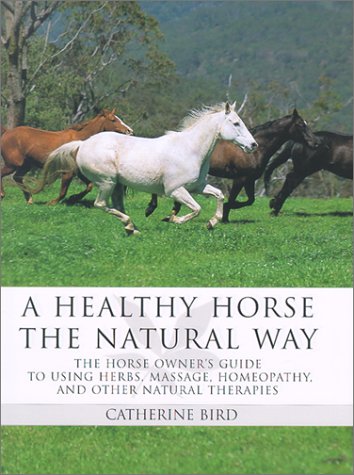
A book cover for A Healthy Horse the Natural Way: A Horse Owner's Guide to Using Herbs, Massage, Homeotherapy, and Other Natural Therapies; Catherine Bird; Medical Books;